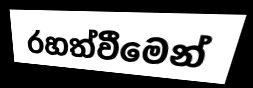
රහත්වීමෙන්